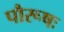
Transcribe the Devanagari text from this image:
पौरूषः